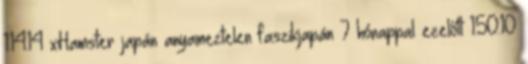
1:14:14 xHamster japán anyameztelen faszikjapán 7 hónappal ezelőtt 1:50:10